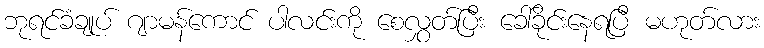
ဘုရင်ခံချုပ် ဂျာမန်ကောင် ပါလင်းကို စေလွှတ်ပြီး ခေါ်ခိုင်းနေရပြီ မဟုတ်လား